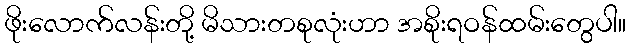
ဖိုးလောက်လန်းတို့ မိသားတစုလုံးဟာ အစိုးရဝန်ထမ်းတွေပါ။